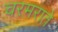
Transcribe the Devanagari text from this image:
चरमराते